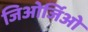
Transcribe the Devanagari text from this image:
जिओर्जिओ